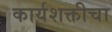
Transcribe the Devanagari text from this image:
कार्यशक्तीचा